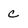
Character: c